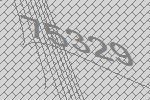
75329